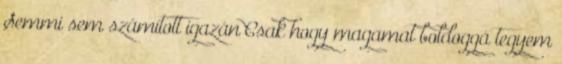
Semmi sem számított igazán Csak hogy magamat boldoggá tegyem